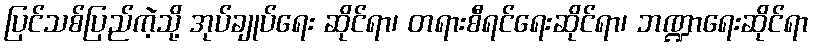
ပြင်သစ်ပြည်ကဲ့သို့ အုပ်ချုပ်ရေး ဆိုင်ရာ၊ တရားစီရင်ရေးဆိုင်ရာ၊ ဘဏ္ဍာရေးဆိုင်ရာ